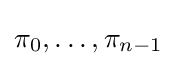
\pi _{0},\ldots ,\pi _{n-1}